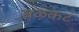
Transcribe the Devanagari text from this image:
बऴकट